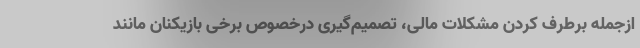
ازجمله برطرف کردن مشکلات مالی، تصمیم‌گیری درخصوص برخی بازیکنان مانند